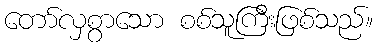
တော်လှစွာသော စစ်သူကြီးဖြစ်သည်။